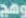
وهج